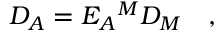
{ \cal D } _ { A } = E _ { A } { } ^ { M } { \cal D } _ { M } \quad ,